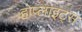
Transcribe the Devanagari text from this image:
होप्लाइट्स